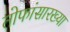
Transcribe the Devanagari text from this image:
तोफांसारख्या